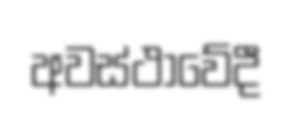
අවස්ථාවේදී